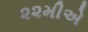
૨૨મીએ